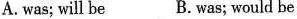
A. was ; will be B. was ; would be